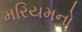
મરિયમનો